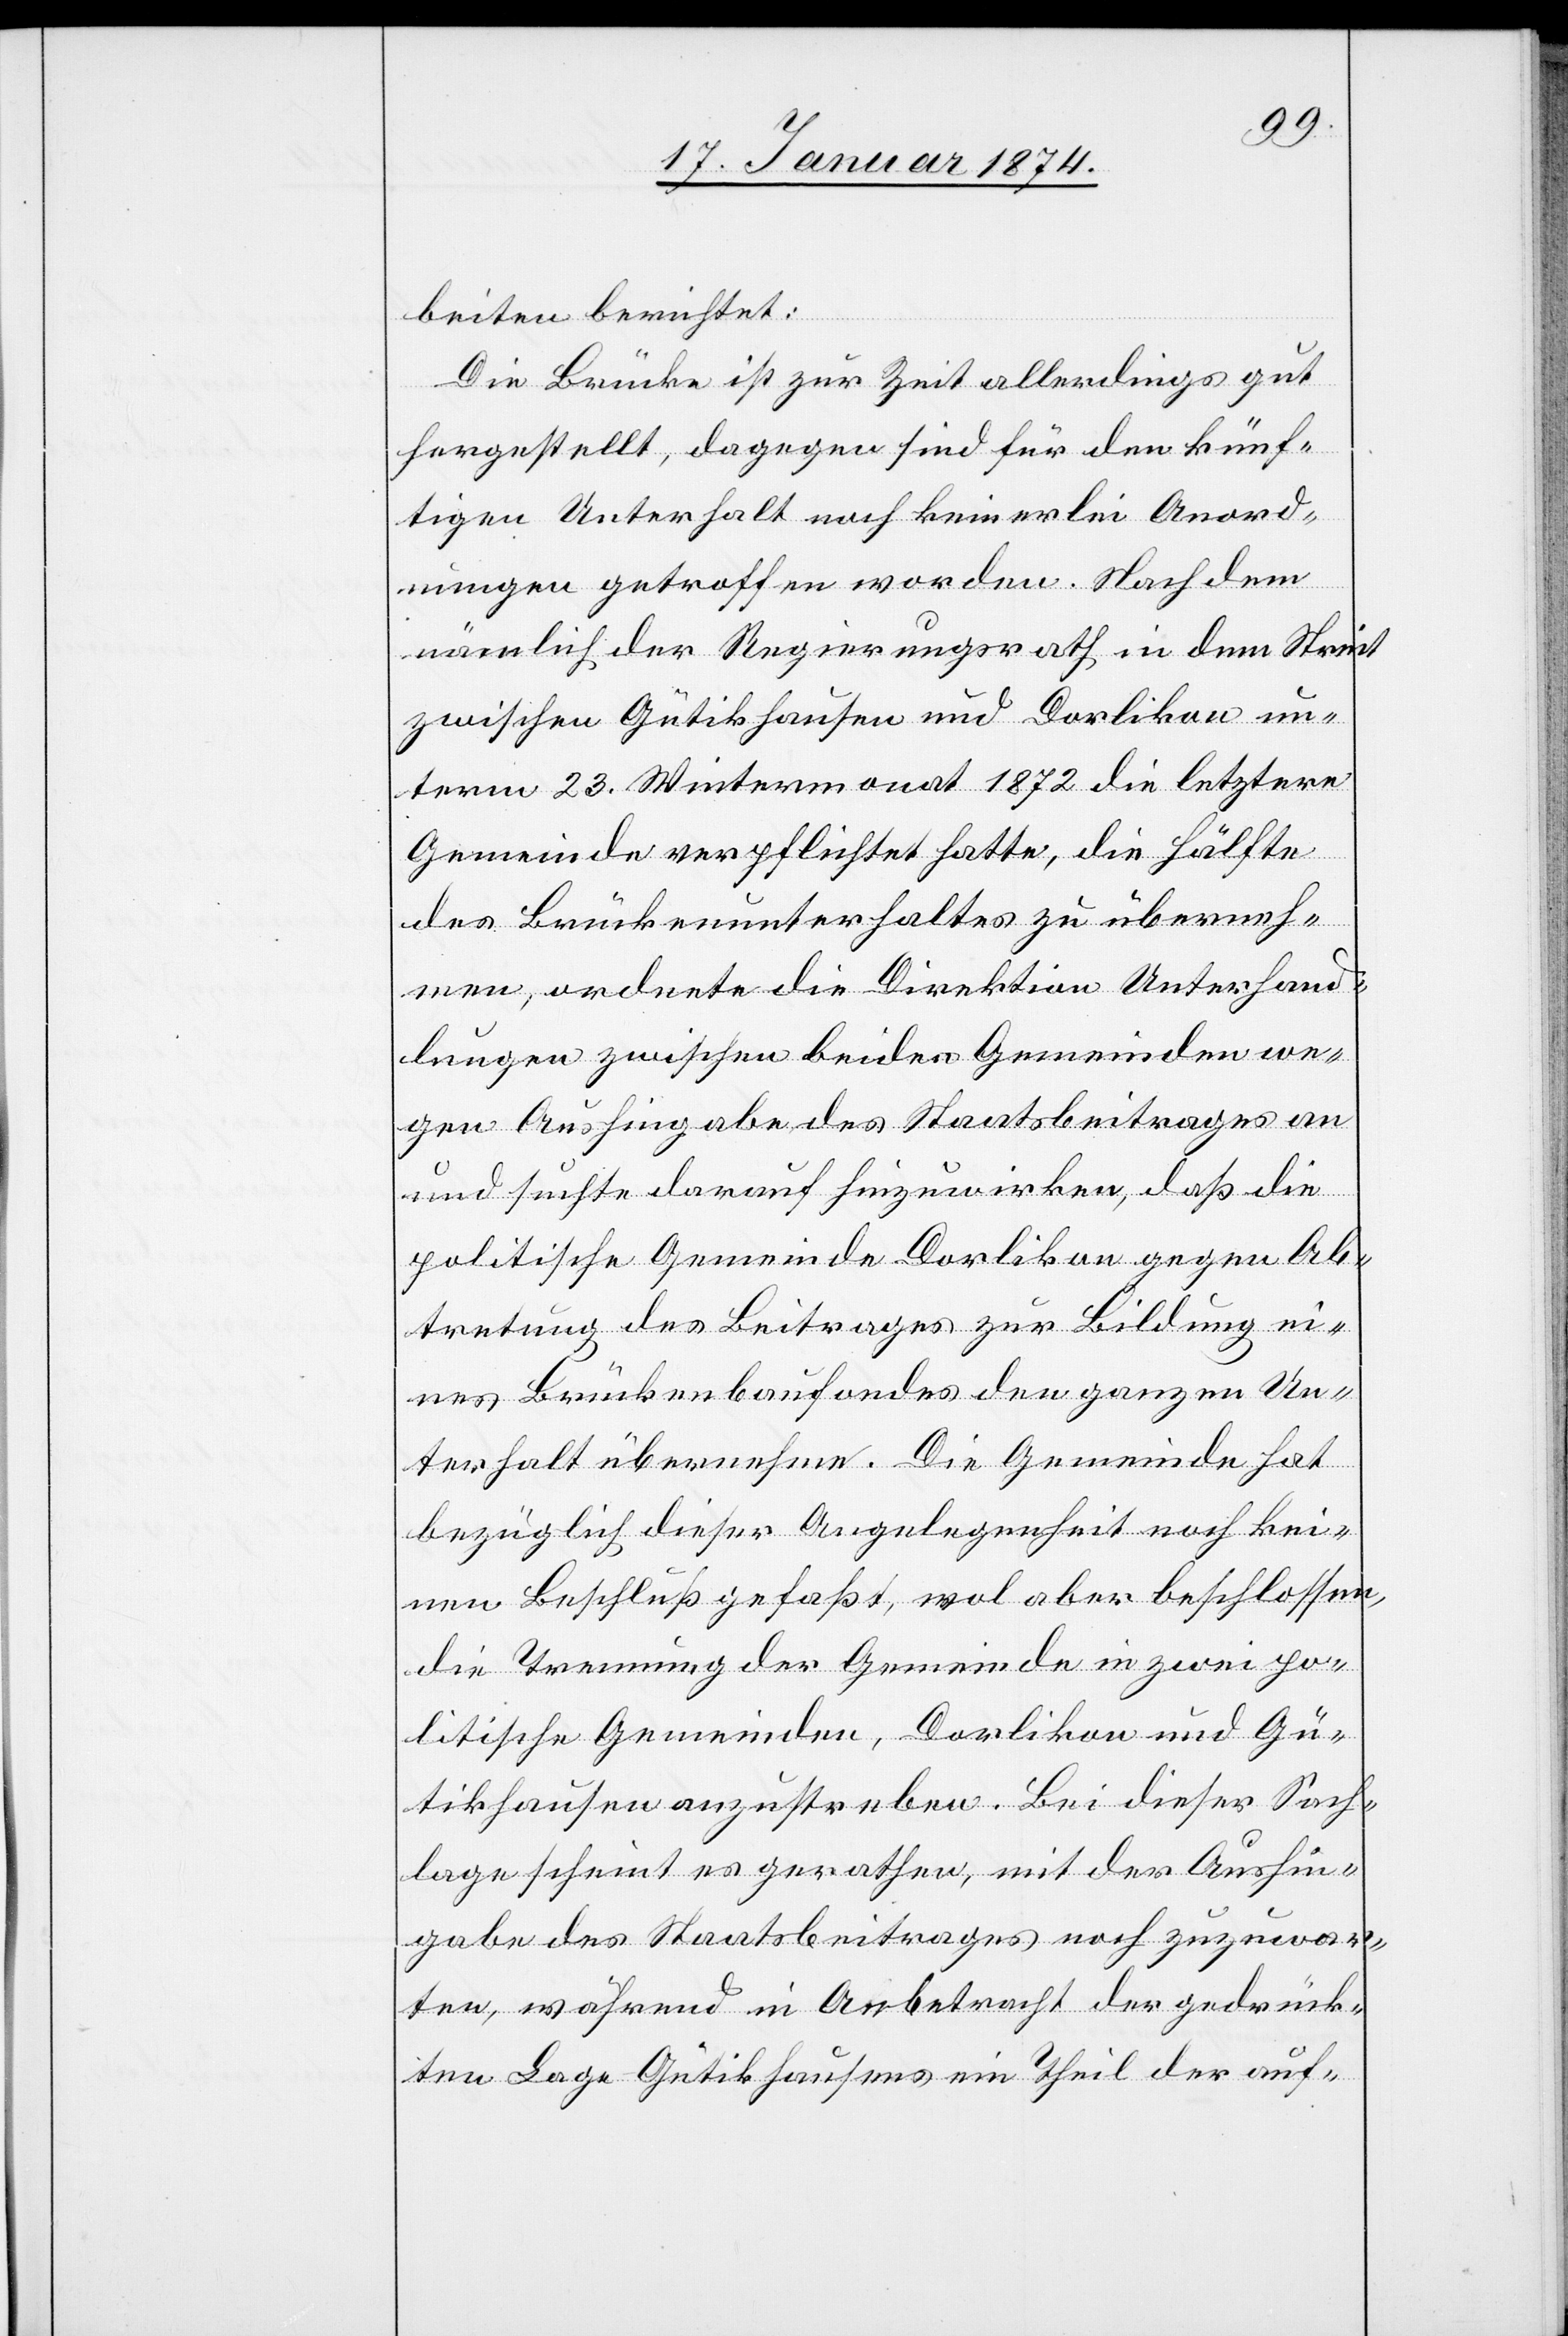
beiten berichtet:
Die Brücke ist zur Zeit allerdings gut
hergestellt, dagegen sind für den künf¬
tigen Unterhalt noch keinerlei Anord¬
nungen getroffen worden. Nach dem
nämlich der Regierungsrath in dem Streit
zwischen Gütikhausen und Dorlikon un¬
term 23. Wintermonat 1872 die letztere
Gemeinde verpflichtet hatte, die Hälfte
des Brückenunterhaltes zu überneh¬
men, ordnete die Direktion Unterhand¬
lungen zwischen beiden Gemeinden we¬
gen Aushingabe des Staatsbeitrages an
und suchte darauf hinzuwirken, daß die
politische Gemeinde Dorlikon gegen Ab¬
tretung des Beitrages zur Bildung ei¬
nes Brückenbaufondes den ganzen Un¬
terhalt übernehmen. Die Gemeinde hat
bezüglich dieser Angelegenheit noch kei¬
nen Beschluß gefaßt, wol aber beschlossen,
die Trennung der Gemeinde in zwei po¬
litische Gemeinden, Dorlikon und Gü¬
tikhausen anzustreben. Bei dieser Sach¬
lage scheint es gerathen, mit der Aushin¬
gabe des Staatsbeitrages noch zuzuwar¬
ten, während in Anbetracht der gedrück¬
ten Lage Gütikhausens ein Theil der auf-